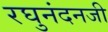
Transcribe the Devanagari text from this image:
रघुनंदनजी